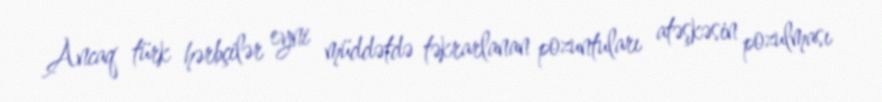
Ancaq türk hərbçilər eyni müddətdə təkrarlanan pozuntuları atəşkəsin pozulması